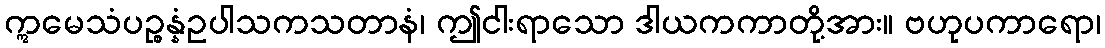
ဣမေသံပဉ္စန္နံဥပါသကသတာနံ၊ ဤငါးရာသော ဒါယကကာတို့အား။ ဗဟုပကာရော၊